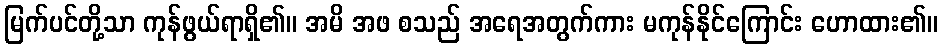
မြက်ပင်တို့သာ ကုန်ဖွယ်ရာရှိ၏။ အမိ အဖ စသည် အရေအတွက်ကား မကုန်နိုင်ကြောင်း ဟောထား၏။